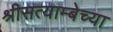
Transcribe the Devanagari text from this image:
श्रीसत्याम्बेच्या